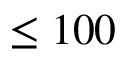
\leq 1 0 0